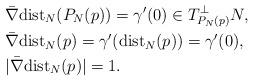
LaTeX: \begin{align*}&\bar \nabla {\rm dist}_N (P_N(p))=\gamma'(0)\in T_{P_N(p)}^{\bot}N,\\&\bar \nabla {\rm dist}_N(p)=\gamma'({\rm dist}_N(p))=\gamma'(0),\\&|\bar \nabla {\rm dist}_N(p)|=1. \end{align*}